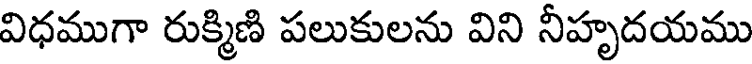
విధముగా రుక్మిణి పలుకులను విని నీహృదయము